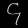
Digit: ၄